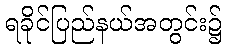
ရခိုင်ပြည်နယ်အတွင်း၌